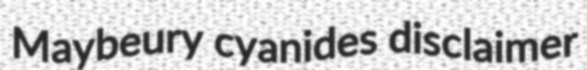
Maybeury cyanides disclaimer